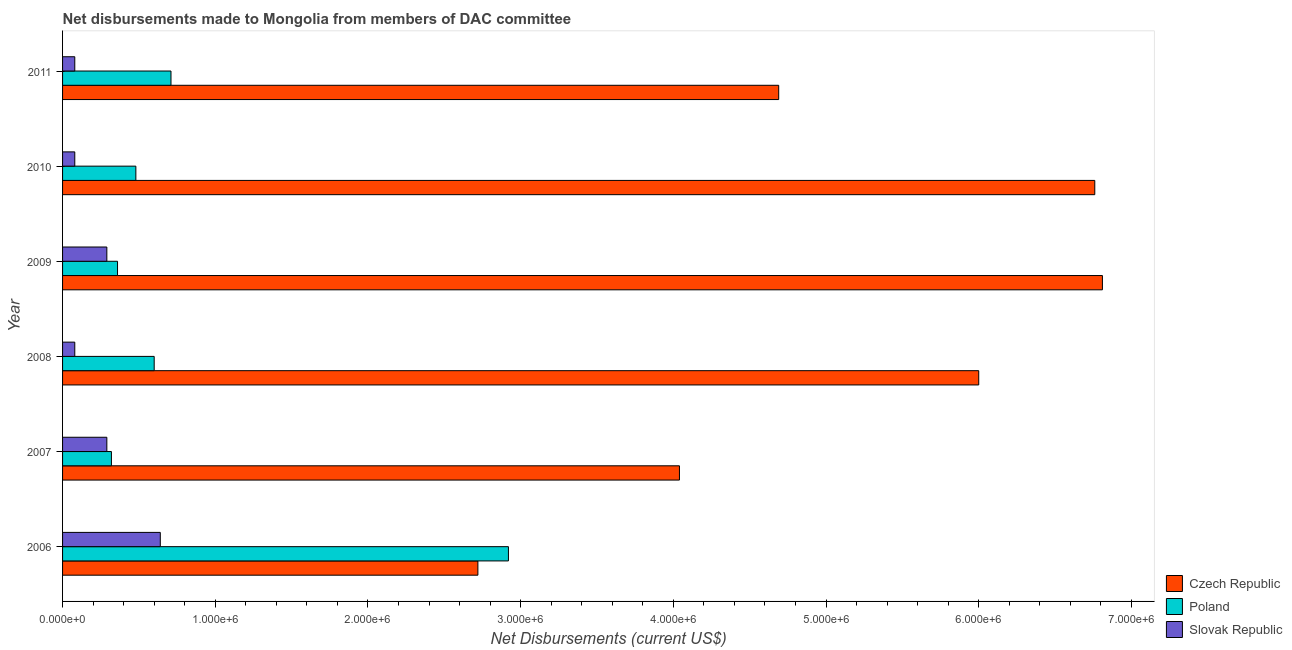
| Year | Czech Republic | Poland | Slovak Republic |
 | --- | --- | --- | --- |
 | 2006 | 2.72e+06 | 2.92e+06 | 6.4e+05 |
 | 2007 | 4.04e+06 | 3.2e+05 | 2.9e+05 |
 | 2008 | 6e+06 | 6e+05 | 8e+04 |
 | 2009 | 6.81e+06 | 3.6e+05 | 2.9e+05 |
 | 2010 | 6.76e+06 | 4.8e+05 | 8e+04 |
 | 2011 | 4.69e+06 | 7.1e+05 | 8e+04 |